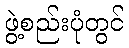
ဖွဲ့စည်းပုံတွင်